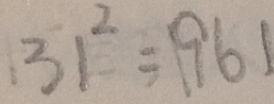
3 1 ^ { 2 } = 1 9 6 1